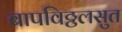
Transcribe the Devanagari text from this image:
बापविठ्ठलसुत